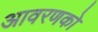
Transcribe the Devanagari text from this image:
आवरणको